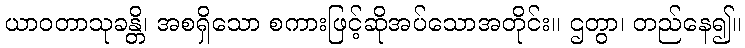
ယာဝတာသုခန္တိ၊ အစရှိသော စကားဖြင့်ဆိုအပ်သောအတိုင်း။ ဌတွာ၊ တည်နေ၍။